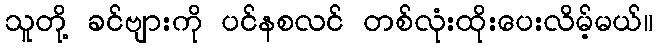
သူတို့ ခင်ဗျားကို ပင်နစလင် တစ်လုံးထိုးပေးလိမ့်မယ်။